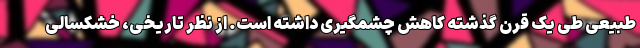
طبیعی طی یک قرن گذشته کاهش چشمگیری داشته است. از نظر تاریخی، خشکسالی